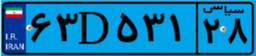
۶۳D۵۳۱۲۸